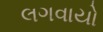
લગવાયો